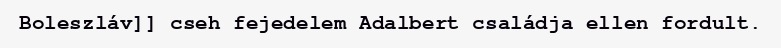
Boleszláv]] cseh fejedelem Adalbert családja ellen fordult.